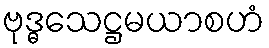
ဗုဒ္ဓသေဋ္ဌမယာစဟံ